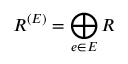
R ^ { ( E ) } = \bigoplus _ { e \in E } R